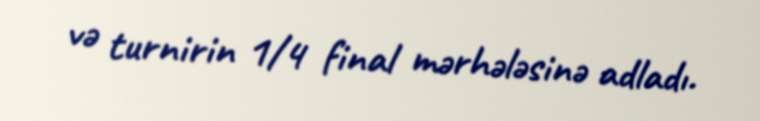
və turnirin 1/4 final mərhələsinə adladı.